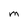
Character: M